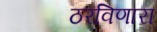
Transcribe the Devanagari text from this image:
ठरविणारा